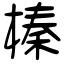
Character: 榛